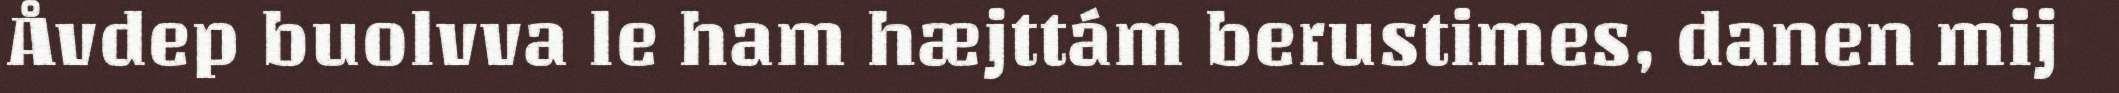
Åvdep buolvva le ham hæjttám berustimes, danen mij